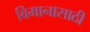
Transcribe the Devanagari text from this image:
विमानासाठी